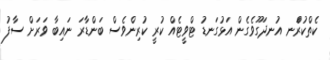
ކެތްކުރަްނ އުނދަގޫވެގެން އަޅުގަނޑު ޓްވީޓެއް ކުރީ ކުރިންވެސް ބަންޑާރަ ނައިބާ ވަރަށް ސާފު